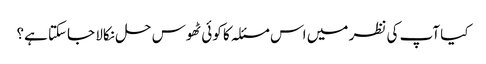
کیا آپ کی نظر میں اس مسئلہ کا کوئی ٹھوس حل نکالا جاسکتا ہے؟